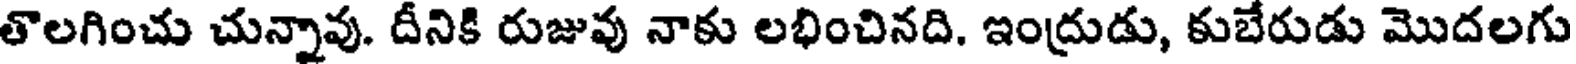
తొలగించు చున్నావు. దీనికి రుజువు నాకు లభించినది. ఇంద్రుడు, కుబేరుడు మొదలగు